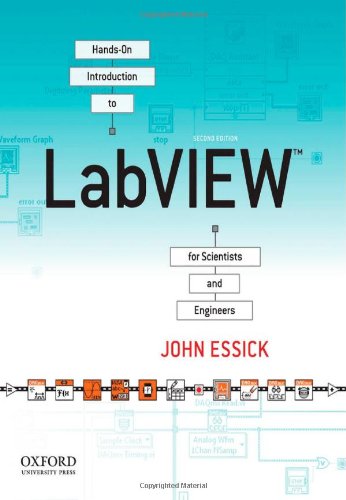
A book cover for Hands-On Introduction to LabVIEW for Scientists and Engineers; John Essick; Science & Math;